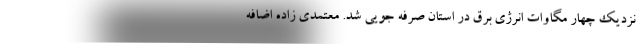
نزدیک چهار مگاوات انرژی برق در استان صرفه جویی شد. معتمدی زاده اضافه